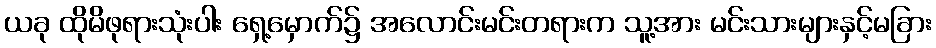
ယခု ထိုမိဖုရားသုံးပါး ရှေ့မှောက်၌ အလောင်းမင်းတရားက သူ့အား မင်းသားများနှင့်မခြား